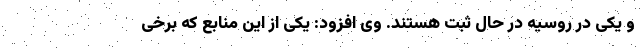
و یکی در روسیه در حال ثبت هستند. وی افزود: یکی از این منابع که برخی